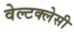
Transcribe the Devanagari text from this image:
वेल्टक्लेसी